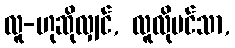
လူ-ဟုဆိုလျှင်, လူလိုပင်သာ,